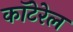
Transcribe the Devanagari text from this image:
कॉटेरेल